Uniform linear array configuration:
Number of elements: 24
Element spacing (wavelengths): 0.75
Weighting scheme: kaiser
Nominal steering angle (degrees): -45
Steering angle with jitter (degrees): -43.357
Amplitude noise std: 0.05
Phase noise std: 0.05

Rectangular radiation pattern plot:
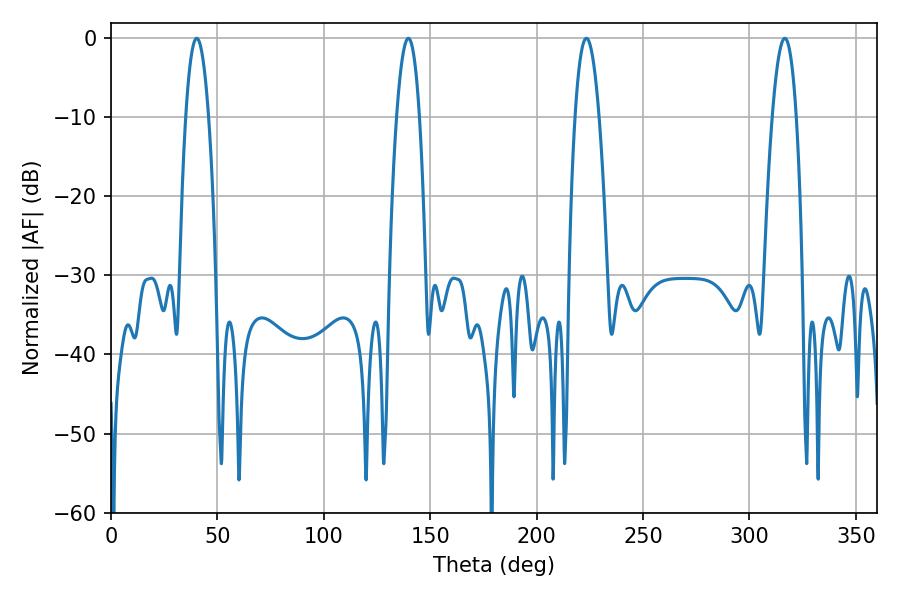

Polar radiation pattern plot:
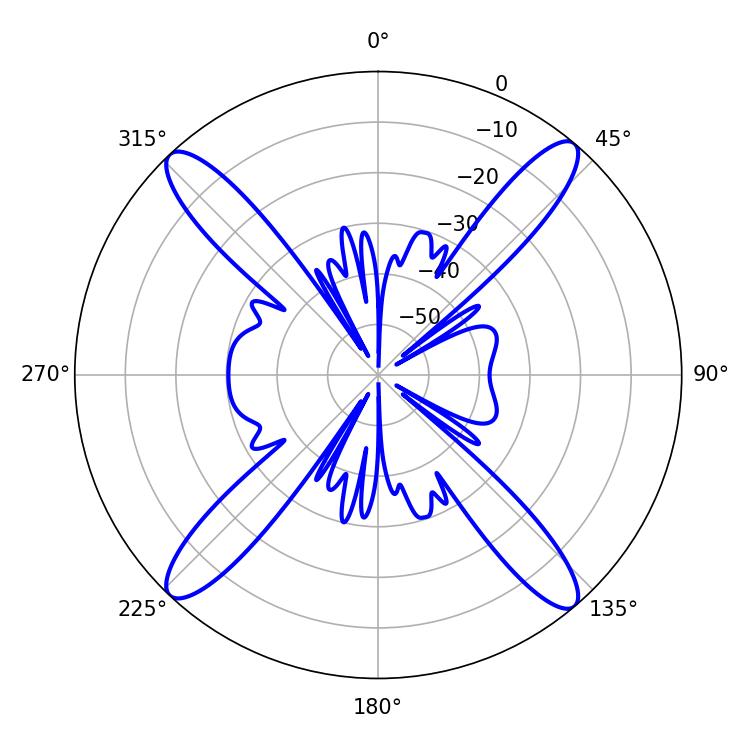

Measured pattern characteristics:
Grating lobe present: TRUE
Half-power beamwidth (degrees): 6.3
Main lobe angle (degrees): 223.38